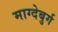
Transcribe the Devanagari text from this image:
माग्देबुर्ग